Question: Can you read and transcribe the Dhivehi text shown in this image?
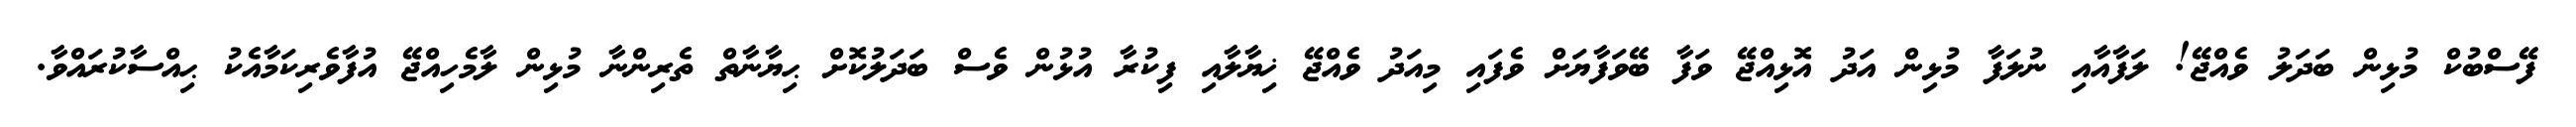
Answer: ފޭސްބުކް މުޅިން ބަދަލު ވެއްޖޭ! ލަފާއާއި ނުލަފާ މުޅިން އަދު އޮޅިއްޖޭ ވަފާ ބޭވަފާޔަށް ވެފައި މިއަދު ވެއްޖޭ ޚިޔާލާއި ފިކުރާ އުޅުން ވެސް ބަދަލުކޮށް ޙިޔާނާތް ތެރިންނާ މުޅިން ލާމެހިއްޖޭ އުފާވެރިކަމާއެކު ޙިއްސާކުރައްވާ.